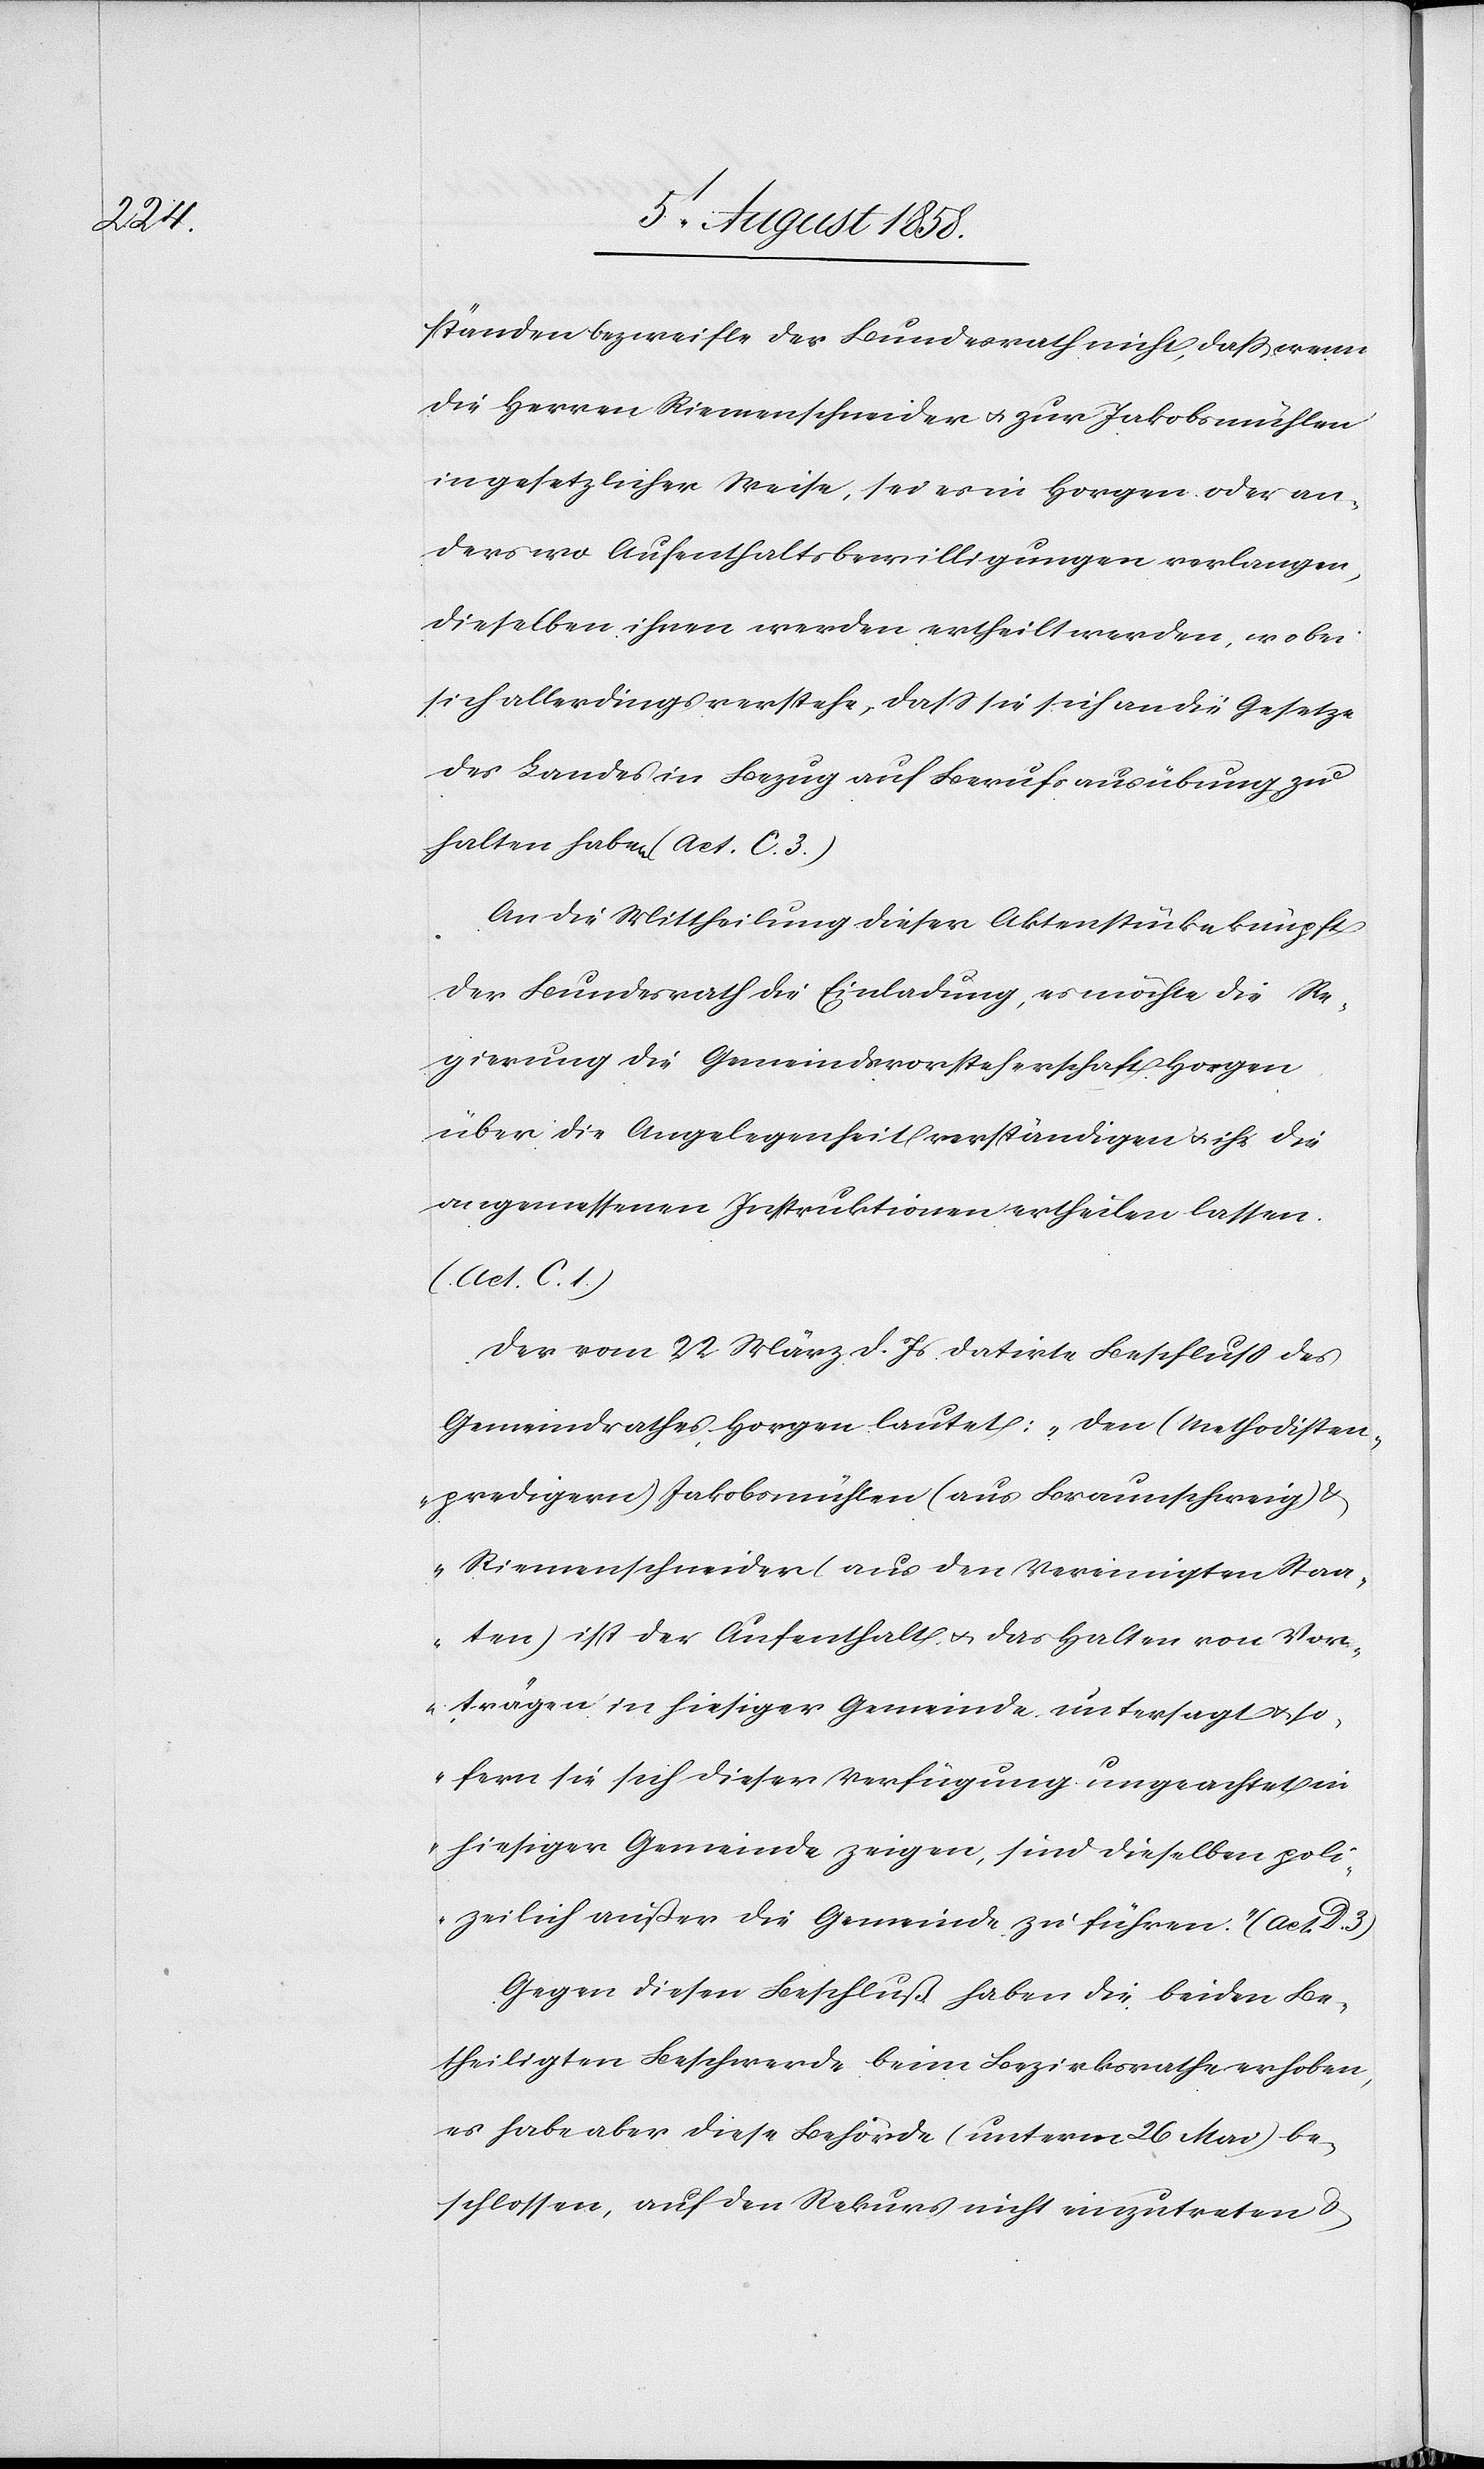
ständen bezweifle der Bundesrath nicht, dass wenn
die Herren Riemenschneider & zur Jakobsmühlen
in gesetzlicher Weise, sei es in Horgen oder an¬
derswo Aufenthaltsbewilligungen verlangen,
dieselben ihnen werden ertheilt werden, wobei
sich allerdings verstehe, dass sie sich an die Gesetze
des Landes in Bezug auf Berufsausübung zu
halten haben (Act. C. 3.)
An die Mittheilung dieser Aktenstücke knüpft
der Bundesrath die Einladung, es möchte die Re¬
gierung die Gemeindsvorsteherschaft Horgen
über die Angelegenheit verständigen & ihr die
angemessenen Instruktionen ertheilen lassen.
(Act. C. 1.)
Der vom 22 März d. Js datirte Beschluss des
Gemeindrathes Horgen lautet: „Den (Methodisten¬
predigern) Jakobsmühlen (aus Braunschweig)
& Riemenschneider (aus den Vereinigten Staa¬
ten) ist der Aufenthalt & das Halten von Vor¬
trägen in hiesiger Gemeinde untersagt & so¬
fern sie sich dieser Verfügung ungeachtet in
hiesiger Gemeinde zeigen, sind dieselben poli¬
zeilich außer die Gemeinde zu führen.“ (Act. D.
Gegen diesen Beschluß haben die beiden Be¬
theiligten Beschwerde beim Bezirksrathe erhoben,
es habe aber diese Behörde (unterm 26 Mai) be¬
schlossen, auf den Rekurs nicht einzutreten &